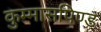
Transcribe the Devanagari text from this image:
कुम्मासपिण्ड